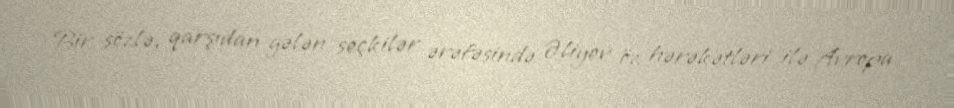
Bir sözlə, qarşıdan gələn seçkilər ərəfəsində Əliyev öz hərəkətləri ilə Avropa